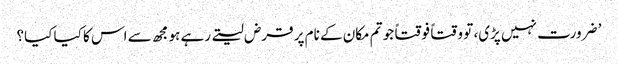
’ ضرورت نہیں پڑی، تو وقتاً فوقتاً جو تم مکان کے نام پر قرض لیتے رہے ہو مجھ سے اس کا کیا کیا؟